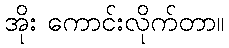
အိုး ကောင်းလိုက်တာ။